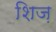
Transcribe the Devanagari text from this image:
शिज़